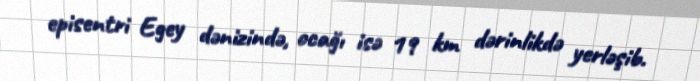
episentri Egey dənizində, ocağı isə 19 km dərinlikdə yerləşib.